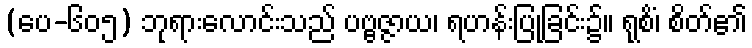
(ပေ-၆၀၅) ဘုရားလောင်းသည် ပဗ္ဗဇ္ဇာယ၊ ရဟန်းပြုခြင်း၌။ ရုစိံ၊ စိတ်၏